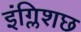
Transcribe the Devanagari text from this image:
इंग्लिशछ